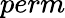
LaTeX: perm